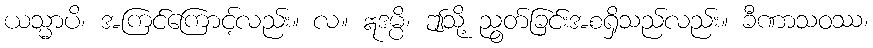
ယသ္မာပိ၊ အကြင်ကြောင့်လည်း။ လ။ ဣဒမ္ပိ၊ ဤသို့ ညွတ်ခြင်းအစရှိသည်လည်း။ ခီဏာသဝဿ၊